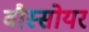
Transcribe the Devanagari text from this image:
वौस्सोयर